system: You are a helpful assistant.
user:
Analyze the provided spectrum to determine if it is a **M-type Giant (gM)**.

A M-type Giant spectrum is defined by its **strong molecular absorption** features, particularly from **Titanium Oxide (TiO)**. You must check for one of the following mutually exclusive signatures:

- **Key Visual Indicators (Absorption-Dominated Spectrum):**

    - **(Primary):** The spectrum is dominated by strong molecular absorption from **Titanium Oxide (TiO)**. This is the **defining feature** of its M-type temperature class.
        - **(Key Bandheads):** Look for sharp, "saw-tooth" absorption valleys. The strongest are located near **~7050 Å**, **~6160 Å**, and **~5170 Å**.
        - **(Line Profile):** The "saw-tooth" morphology is critical: a **sharp, steep drop on the BLUE (short-wavelength) side** of the bandhead, followed by a gradual recovery (rising flux) towards the RED (long-wavelength) side.

    - **(Key Confirmation - Giant vs. Dwarf):** **ABSENCE** of strong **Calcium Hydride (CaH)** molecular bands. This is the primary diagnostic for *excluding* M-dwarfs.
        - **(Key Region):** The spectrum should lack the strong, broad absorption band seen in dwarfs between **~6800 Å and ~7000 Å**.

    - **(Secondary Confirmation - Giant):** A very strong and broad **Neutral Calcium (Ca I)** atomic absorption line.
        - **(Key Line):** Located at **~4226 Å**. In a giant (gM), this line is significantly deeper and broader than the same line in an M-dwarf (dM) due to low surface gravity.

    - **(Overall Spectrum):**
        - The continuum is **extremely red-sloping** (i.e., flux is very low in the blue and rises dramatically towards the red).
        - The entire spectrum appears "chopped up" by the deep TiO bands.

Think first, call **spectral_visualization_tool** if needed to examine features in detail, then provide your final answer. Your response must adhere to the following strict rules:
1.  **Overall Structure:** Your response must follow the format `<think>...</think> <tool_call>...</tool_call> (if a tool is used) <answer>...</answer>`.
2.  **Tool Usage Constraint:** You may only make **one** tool call per turn.
3.  **Final Answer Format:** In the `<answer>` tag, your conclusion must be inside a `\boxed{}` command (e.g., `\boxed{YES}` or `\boxed{NO}`), followed by your justification.

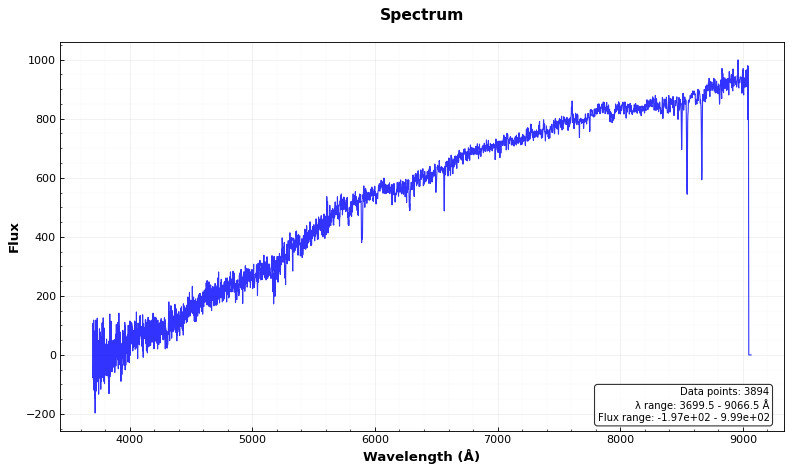
Answer: NO